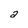
Character: a